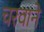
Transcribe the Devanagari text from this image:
चरवाने